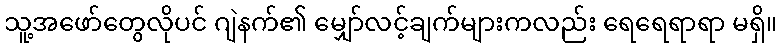
သူ့အဖော်တွေလိုပင် ဂျဲနက်၏ မျှော်လင့်ချက်များကလည်း ရေရေရာရာ မရှိ။